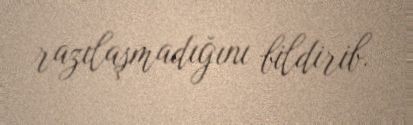
razılaşmadığını bildirib.